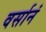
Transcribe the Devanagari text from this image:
वर्सानं